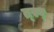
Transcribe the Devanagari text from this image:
त्स्व्